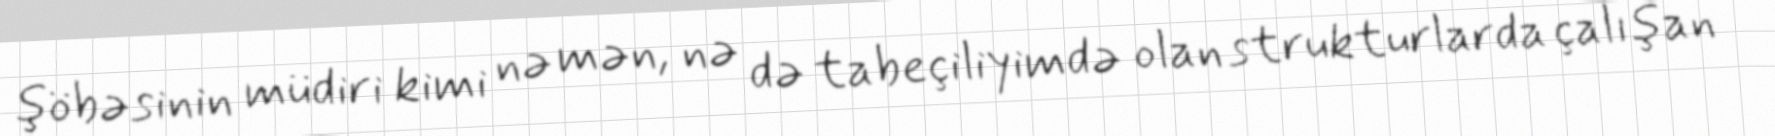
şöbəsinin müdiri kimi nə mən, nə də tabeçiliyimdə olan strukturlarda çalışan